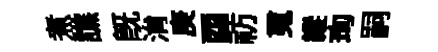
煮譙既㳙庚酉祊䰟縱珣嗣